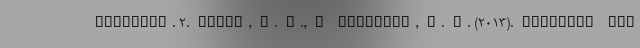
vailable. 2. Allen, S. H., & Lektzian, D. J. (2013). Economic san